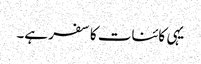
یہی کائنات کا سفر ہے۔